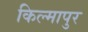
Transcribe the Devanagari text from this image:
किल्मापुर